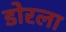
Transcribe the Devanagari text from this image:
डोरला